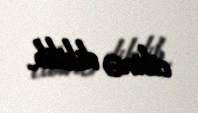
cibinə dikilib..